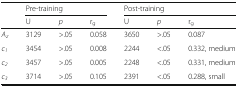
<table><thead><tr><td rowspan="2"></td><td colspan="3"><b>Pre-training</b></td><td colspan="3"><b>Post-training</b></td></tr><tr><td><b>U</b></td><td><b><i>p</i></b></td><td><b>r<sub>g</sub></b></td><td><b>U</b></td><td><b><i>p</i></b></td><td><b>r<sub>g</sub></b></td></tr></thead><tbody><tr><td><i>A</i><sub><i>z</i></sub></td><td>3129</td><td>&gt;.05</td><td>0.058</td><td>3650</td><td>&gt;.05</td><td>0.087</td></tr><tr><td><i>c</i><sub><i>1</i></sub></td><td>3454</td><td>&gt;.05</td><td>0.008</td><td>2244</td><td>&lt;.05</td><td>0.332, medium</td></tr><tr><td><i>c</i><sub><i>2</i></sub></td><td>3457</td><td>&gt;.05</td><td>0.005</td><td>2248</td><td>&lt;.05</td><td>0.331, medium</td></tr><tr><td><i>c</i><sub><i>3</i></sub></td><td>3714</td><td>&gt;.05</td><td>0.105</td><td>2391</td><td>&lt;.05</td><td>0.288, small</td></tr></tbody></table>